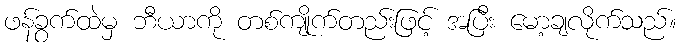
ဖန်ခွက်ထဲမှ ဘီယာကို တစ်ကျိုက်တည်းဖြင့် အပြီး မော့ချလိုက်သည်။